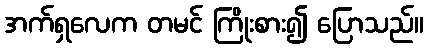
အက်ရှလေက တမင် ကြိုးစား၍ ပြောသည်။